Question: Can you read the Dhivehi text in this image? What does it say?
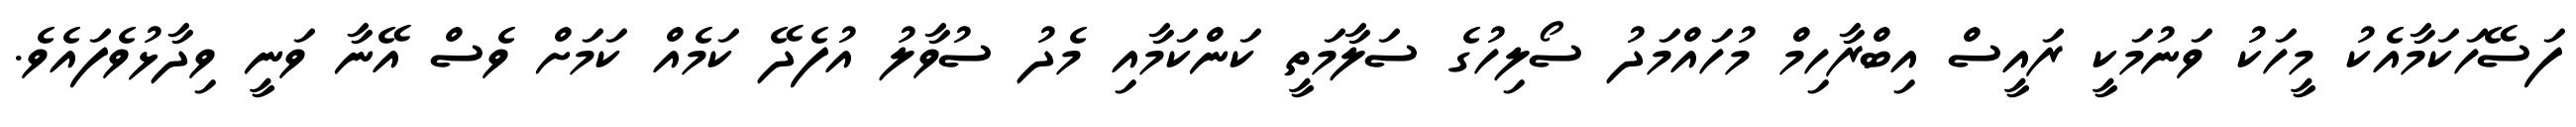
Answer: ފަސޭހަކަމާއެކު މީހަކު ވަނުމަކީ ރައީސް އިބްރާހިމް މުހައްމަދު ސޯލިހުގެ ސަލާމަތީ ކަންކަމާއި މެދު ސުވާލު އުފެދޭ ކަމެއް ކަމަށް ވެސް އޭނާ ވަނީ ވިދާޅުވެފައެވެ.